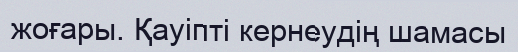
жоғары. Қауіпті кернеудің шамасы